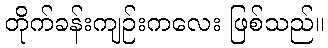
တိုက်ခန်းကျဉ်းကလေး ဖြစ်သည်။